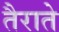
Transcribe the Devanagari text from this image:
तैराते